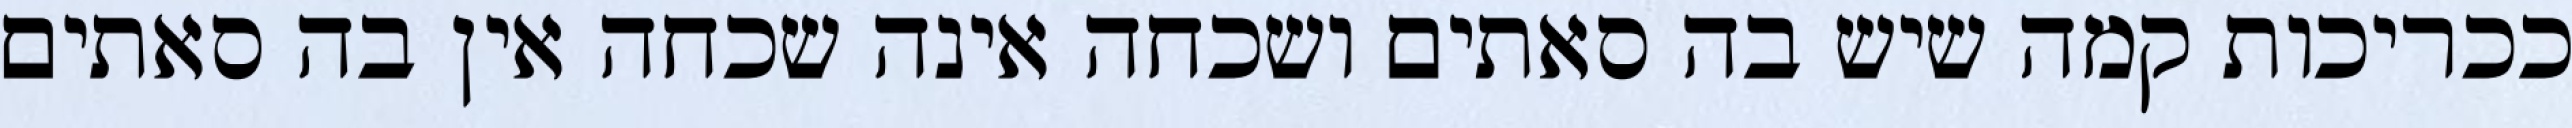
ככריכות קמה שיש בה סאתים ושכחה אינה שכחה אין בה סאתים